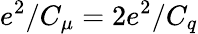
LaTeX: e^{2}/C_{\mu}=2e^{2}/C_{q}